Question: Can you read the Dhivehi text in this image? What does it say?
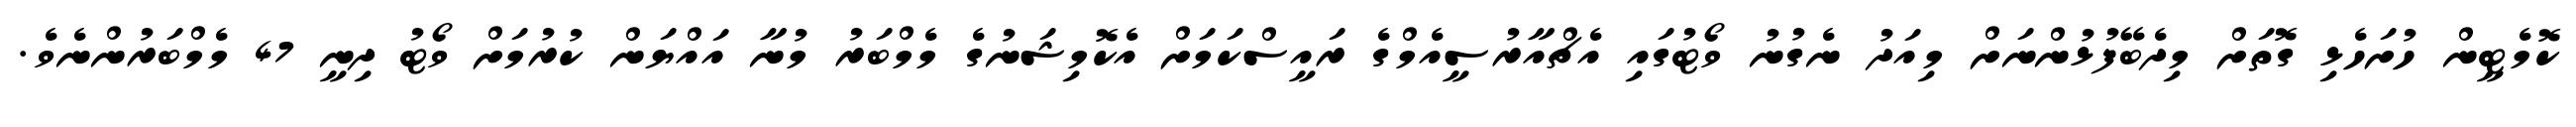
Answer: ކޮމެޓީން ހުށަހެޅި ގޮތަށް މިދެބޭފުޅުންނަށް މިއަދު ނެގުނު ވޯޓުގައި އެޗްއާރުސީއެމްގެ ރައީސްކަމަށް އެކޮމިޝަނުގެ މެމްބަރު މުނާ އައްޔަން ކުރުމަށް ވޯޓު ދިނީ 47 މެމްބަރުންނެވެ.